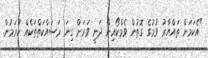
"އެކަމަށް ތައްޔާރު ވުމުގެ ގޮތުން ވެމްކޯއިން ދަނީ ވަރަށް ގިނަ މަސައްކަތްތަކެއް ކުރަމުން.